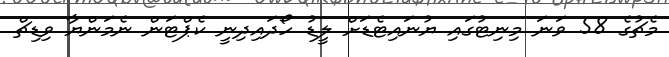
މެޗުގެ 58 ވަނަ މިނިޓުގައި ޔުނައިޓެޑަށް ލީޑު ހޯދައިދިނީ ކެޕްޓަން ނެމަންޔާ ވިޑިޗް